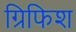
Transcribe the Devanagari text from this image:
ग्रिफिश